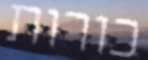
בורות